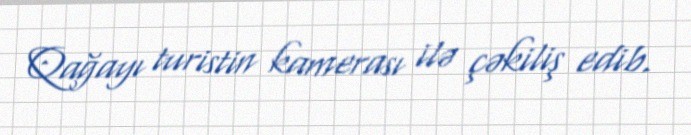
Qağayı turistin kamerası ilə çəkiliş edib.